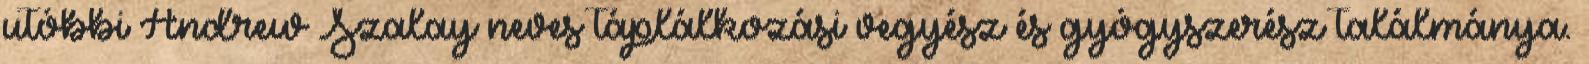
utóbbi Andrew Szalay neves táplálkozási vegyész és gyógyszerész találmánya.